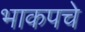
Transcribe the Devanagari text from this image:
भाकपचे